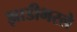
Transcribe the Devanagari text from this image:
झाडीभरले